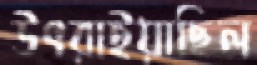
উৎরাইয়াছিল